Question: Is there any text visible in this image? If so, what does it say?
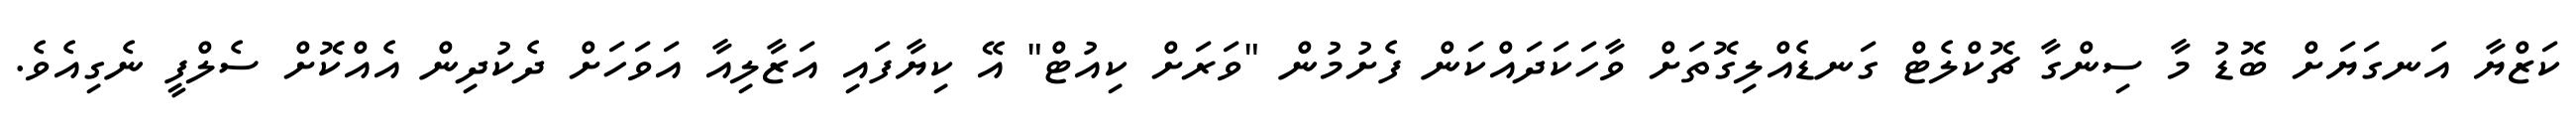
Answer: ކަޒްޔާ އަނގަޔަށް ބޮޑު މާ ސިންގާ ޗޮކްލެޓް ގަނޑެއްލިގޮތަށް ވާހަކަދައްކަން ފެށުމުން "ވަރަށް ކިއުޓް" އޭ ކިޔާފައި އަޒާލިއާ އަވަހަށް ދެކުދިން އެއްކޮށް ސެލްފީ ނެގިއެވެ.